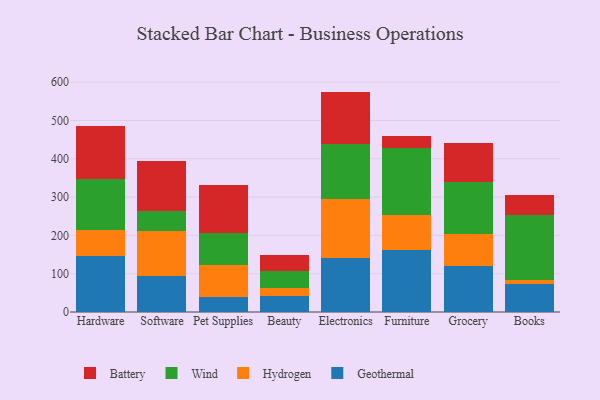
{"axis": {"x": "Category", "y": "Temperature (°C)"}, "legend": ["Battery", "Geothermal", "Hydrogen", "Wind"], "data": [{"x": "Hardware", "y": 146.6, "type": "Geothermal"}, {"x": "Hardware", "y": 66.3, "type": "Hydrogen"}, {"x": "Hardware", "y": 133.7, "type": "Wind"}, {"x": "Hardware", "y": 139.0, "type": "Battery"}, {"x": "Software", "y": 94.7, "type": "Geothermal"}, {"x": "Software", "y": 115.8, "type": "Hydrogen"}, {"x": "Software", "y": 53.7, "type": "Wind"}, {"x": "Software", "y": 130.5, "type": "Battery"}, {"x": "Pet Supplies", "y": 39.2, "type": "Geothermal"}, {"x": "Pet Supplies", "y": 83.4, "type": "Hydrogen"}, {"x": "Pet Supplies", "y": 84.6, "type": "Wind"}, {"x": "Pet Supplies", "y": 123.1, "type": "Battery"}, {"x": "Beauty", "y": 42.9, "type": "Geothermal"}, {"x": "Beauty", "y": 19.5, "type": "Hydrogen"}, {"x": "Beauty", "y": 45.3, "type": "Wind"}, {"x": "Beauty", "y": 41.6, "type": "Battery"}, {"x": "Electronics", "y": 140.4, "type": "Geothermal"}, {"x": "Electronics", "y": 155.6, "type": "Hydrogen"}, {"x": "Electronics", "y": 142.2, "type": "Wind"}, {"x": "Electronics", "y": 137.1, "type": "Battery"}, {"x": "Furniture", "y": 161.2, "type": "Geothermal"}, {"x": "Furniture", "y": 93.0, "type": "Hydrogen"}, {"x": "Furniture", "y": 172.7, "type": "Wind"}, {"x": "Furniture", "y": 31.5, "type": "Battery"}, {"x": "Grocery", "y": 120.5, "type": "Geothermal"}, {"x": "Grocery", "y": 84.4, "type": "Hydrogen"}, {"x": "Grocery", "y": 133.3, "type": "Wind"}, {"x": "Grocery", "y": 103.8, "type": "Battery"}, {"x": "Books", "y": 74.4, "type": "Geothermal"}, {"x": "Books", "y": 10.1, "type": "Hydrogen"}, {"x": "Books", "y": 168.7, "type": "Wind"}, {"x": "Books", "y": 51.6, "type": "Battery"}]}